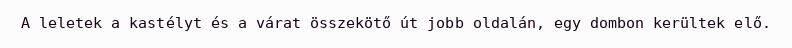
A leletek a kastélyt és a várat összekötő út jobb oldalán, egy dombon kerültek elő.